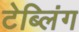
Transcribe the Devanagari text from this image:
टेब्लिंग